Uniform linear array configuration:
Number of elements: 4
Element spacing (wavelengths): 1
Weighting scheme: hamming
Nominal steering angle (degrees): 45
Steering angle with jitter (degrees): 46.105
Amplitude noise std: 0.05
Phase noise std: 0.05

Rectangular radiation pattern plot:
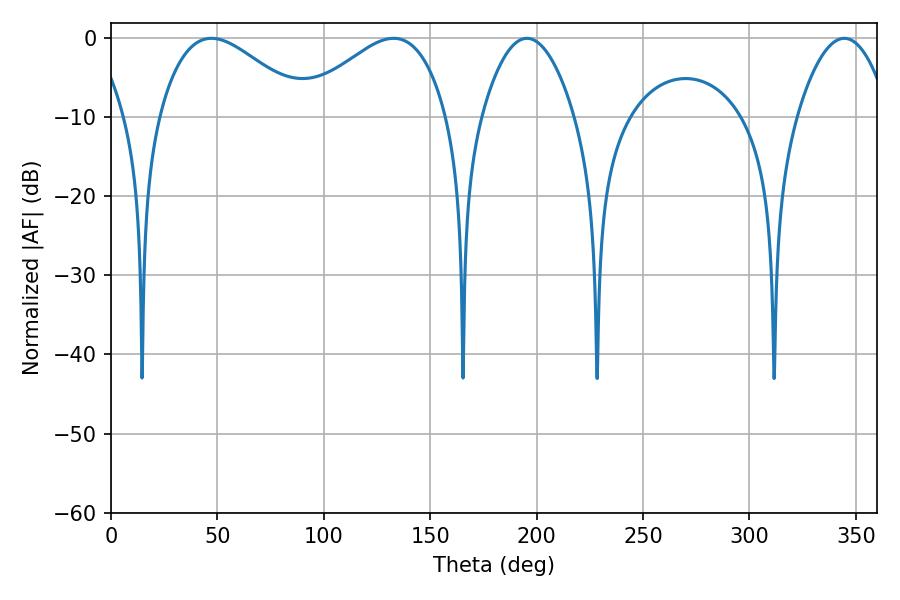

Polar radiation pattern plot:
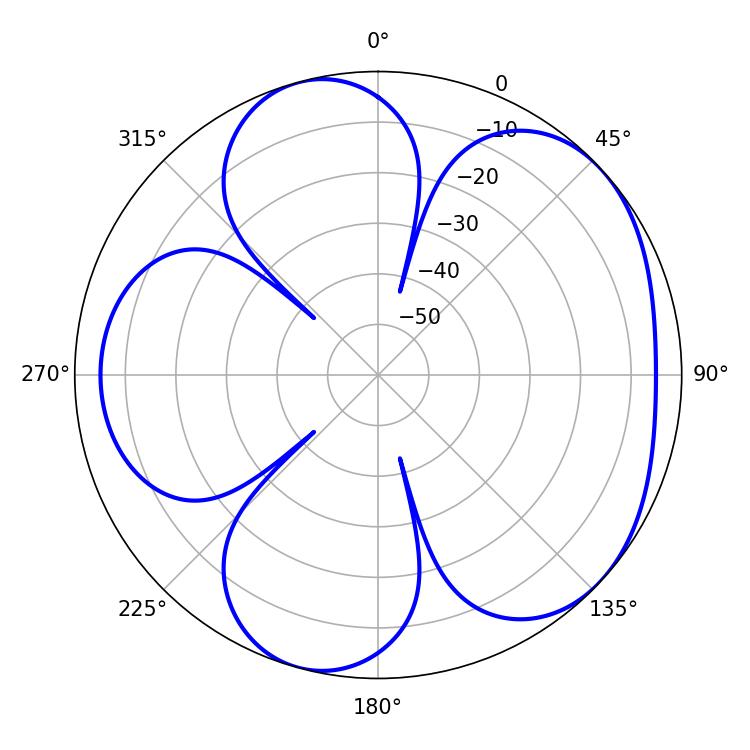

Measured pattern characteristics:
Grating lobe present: TRUE
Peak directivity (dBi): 4.979
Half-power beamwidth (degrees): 37.44
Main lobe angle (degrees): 47.16